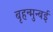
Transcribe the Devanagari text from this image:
बृहन्मुन्बई